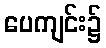
ပေကျင်း၌